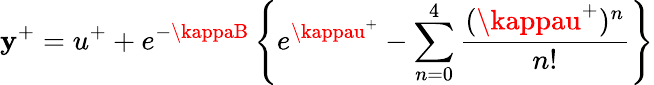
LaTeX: \mathbf{y}^{+}=u^{+}+e^{-\kappaB}\left\{ e^{\kappau^{+}}-\sum_{n=0}^{4}\frac{{(\kappau^{+})^{n}}}{{n!}}\right\}